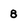
Character: 8